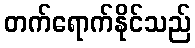
တက်ရောက်နိုင်သည်